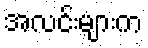
အလင်းများက